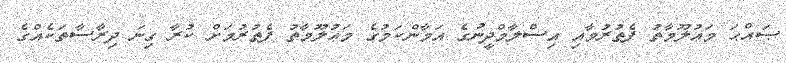
ޞައްޙަ މަޢުލޫމާތު ފެތުރުމާއި އިސްލާމްދީނުގެ އަމާންކަމުގެ މަޢުލޫމާތު ފެތުރުމަށް ކުރާ ގިނަ ދިރާސާތަކެއްގެ